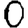
Digit: 0